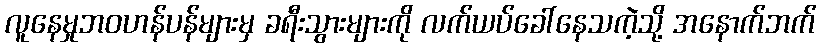
လူနေမှုဘဝဟန်ပန်များမှ ခရီးသွားများကို လက်ယပ်ခေါ်နေသကဲ့သို့ အနောက်ဘက်